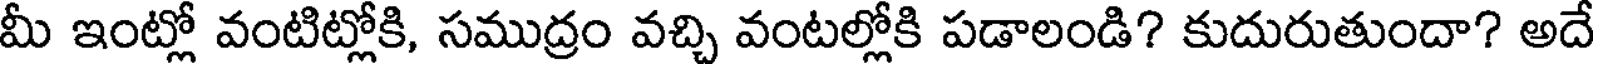
మీ ఇంట్లో వంటిట్లోకి, సముద్రం వచ్చి వంటల్లోకి పడాలండి? కుదురుతుందా? అదే